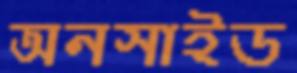
অনসাইড